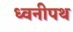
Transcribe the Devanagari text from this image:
ध्वनीपथ